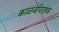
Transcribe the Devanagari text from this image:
काळजीवाहक